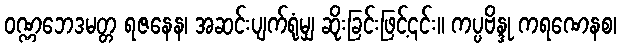
ဝဏ္ဏဘေဒမတ္တ ရဇနေန၊ အဆင်းပျက်ရုံမျှ ဆိုးခြင်းဖြင့်၎င်း။ ကပ္ပဗိန္ဒု ကရဏေနစ၊